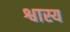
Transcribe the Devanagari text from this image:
श्वास्य